Scottish Leaving Certificate Examination, 1953
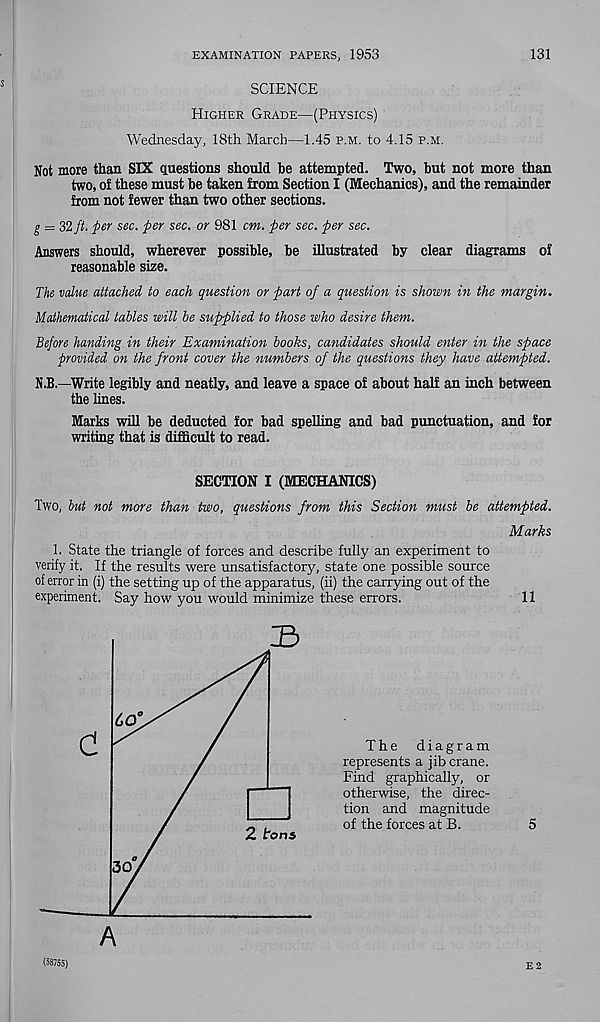
EXAMINATION PAPERS, 1953
131
SCIENCE
Higher Grade—(Physics)
Wednesday, 18th March—1.45 p.m. to 4.15 p.m.
Not more than SIX questions should be attempted. Two, but not more than
two, of these must be taken from Section I (Mechanics), and the remainder
from not fewer than two other sections.
g = 32 ft. per sec. per sec. or 981 cm. per sec. per sec.
Answers should, wherever possible, be illustrated by clear diagrams of
reasonable size.
The value attached to each question or part of a question is shown in the margin.
Mathematical tables will be supplied to those who desire them.
Before handing in their Examination books, candidates should enter in the space
provided on the front cover the numbers of the questions they have attempted.
N.B.—Write legibly and neatly, and leave a space of about half an inch between
the lines.
Marks will be deducted for bad spelling and bad punctuation, and for
writing that is difficult to read.
SECTION I (MECHANICS)
Two, but not more than two, questions from this Section must be attempted.
Marks
1. State the triangle of forces and describe fully an experiment to
verify it. If the results were unsatisfactory, state one possible source
of error in (i) the setting up of the apparatus, (ii) the carrying out of the
experiment. Say how you would minimize these errors.
11
A
The diagram
represents a jib crane.
Find graphically, or
otherwise, the direc-
tion and magnitude
of the forces at B.
5
(58755)
E 2